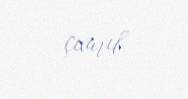
çıxarıb.